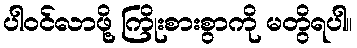
ပါဝင်လာဖို့ ကြိုးစားစွာကို မတွိရပါ။